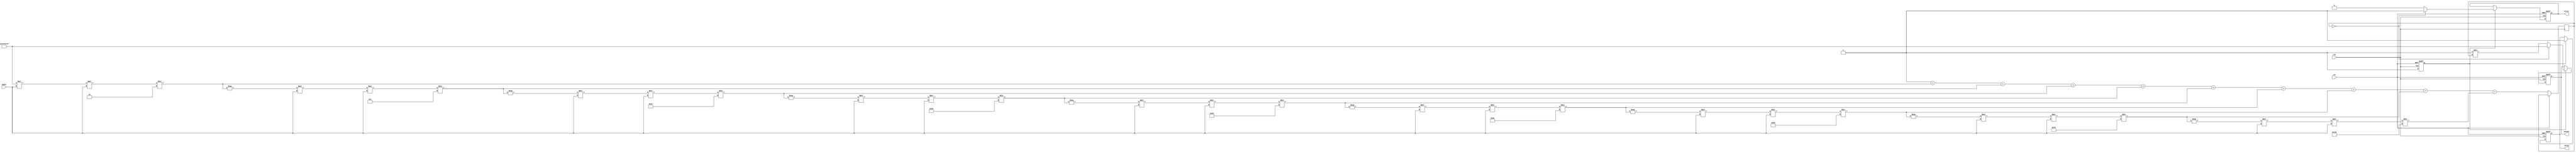
module secant_calculator (
    input wire clk,
    input wire rst,
    input wire [15:0] angle, // Input angle in radians (fixed-point format)
    output reg [31:0] secant, // Output secant value
    output reg valid, // Output valid flag
    output reg error // Output error flag for division by zero
);

    // Internal signals
    reg [31:0] cos_value; // Cosine value
    reg cos_valid; // Flag to indicate cosine calculation is valid

    // Cosine calculation using Taylor series expansion
    function [31:0] cosine;
        input [15:0] x;
        reg [31:0] term;
        reg [31:0] sum;
        integer i;
        begin
            sum = 32'h00000000; // Initialize sum
            term = 32'h00000001; // First term (1)
            sum = sum + term; // Add first term

            for (i = 1; i < 10; i = i + 1) begin // Calculate up to 9 terms
                term = -term * x * x / (2 * i * (2 * i - 1)); // Calculate next term
                sum = sum + term; // Add term to sum
            end
            cosine = sum; // Return cosine value
        end
    endfunction

    // Reciprocal calculation
    function [31:0] reciprocal;
        input [31:0] value;
        begin
            if (value == 32'h00000000) begin
                reciprocal = 32'hFFFFFFFF; // Return a predefined value for division by zero
            end else begin
                reciprocal = 32'h00000001 / value; // Simple division for reciprocal
            end
        end
    endfunction

    // Main sequential logic
    always @(posedge clk or posedge rst) begin
        if (rst) begin
            secant <= 32'h00000000;
            valid <= 0;
            error <= 0;
            cos_valid <= 0;
        end else begin
            // Calculate cosine
            cos_value <= cosine(angle);
            cos_valid <= 1;

            // Check if cosine value is valid
            if (cos_valid) begin
                if (cos_value == 32'h00000000) begin
                    secant <= 32'hFFFFFFFF; // Set secant to predefined value (infinity)
                    error <= 1; // Set error flag
                end else begin
                    secant <= reciprocal(cos_value); // Calculate secant
                    error <= 0; // Clear error flag
                end
                valid <= 1; // Set valid flag
            end
        end
    end

endmodule